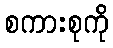
စကားစုကို